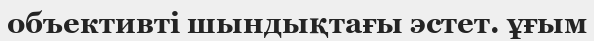
объективті шындықтағы эстет. ұғым